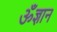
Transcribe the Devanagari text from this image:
ॐज्ञान